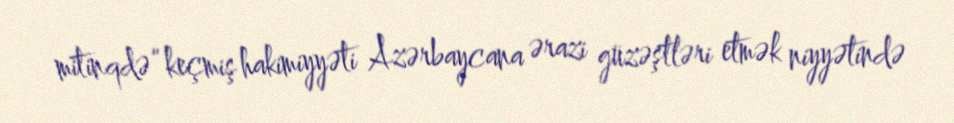
mitinqdə “keçmiş hakimiyyəti Azərbaycana ərazi güzəştləri etmək niyyətində